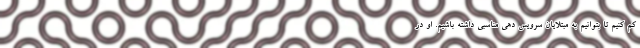
کم کنیم تا بتوانیم به مبتلایان سرویس دهی مناسبی داشته باشیم. او در